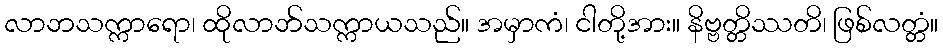
လာဘသက္ကာရော၊ ထိုလာဘ်သက္ကာယသည်။ အမှာကံ၊ ငါတို့အား။ နိဗ္ဗတ္တိဿတိ၊ ဖြစ်လတ္တံ။